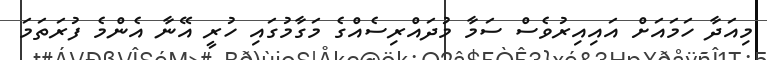
މިއަދާ ހަމައަށް އައިއިރުވެސް ސަމާ މުދައްރިސެއްގެ މަގާމުގައި ހުރީ އޭނާ އެންމެ ފުރަތަމަ